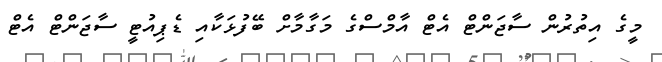
މީގެ އިތުރުން ސާޖަންޓް އެޓް އާމްސްގެ މަގާމާށް ބޭފުޅަކާއި ޑެޕިއުޓީ ސާޖަންޓް އެޓް